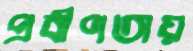
প্রবীণতায়